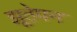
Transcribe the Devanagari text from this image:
झूठेपन